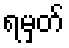
ရမှတ်